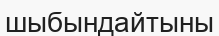
шыбындайтыны